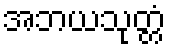
အဘယသုတ္တံ